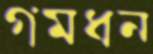
গমধন